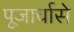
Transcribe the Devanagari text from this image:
पूजार्चासे